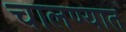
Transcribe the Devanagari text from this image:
चालण्यात